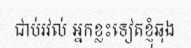
ជាប់រវល់ អ្នកខ្លះទៀតខ្ញុំឆុង